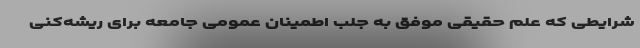
شرایطی که علم حقیقی موفق به جلب اطمینان عمومی جامعه برای ریشه‌کنی